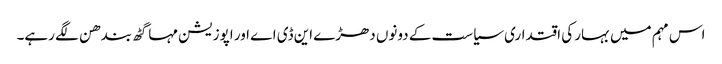
اس مہم میں بہار کی اقتداری سیاست کے دونوں دھڑے این ڈی اے اور اپوزیشن مہا گٹھ بندھن لگے رہے۔